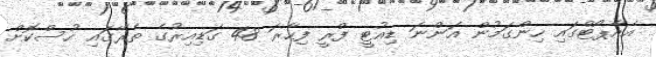
އެއާޕޯޓްގައި ހިންގަމުން އަންނަ ޑިއުޓީ ފްރީ ފިހާރަ 48 ގަޑިއިރުގެ ތެރޭގައި ހުސްކޮށް